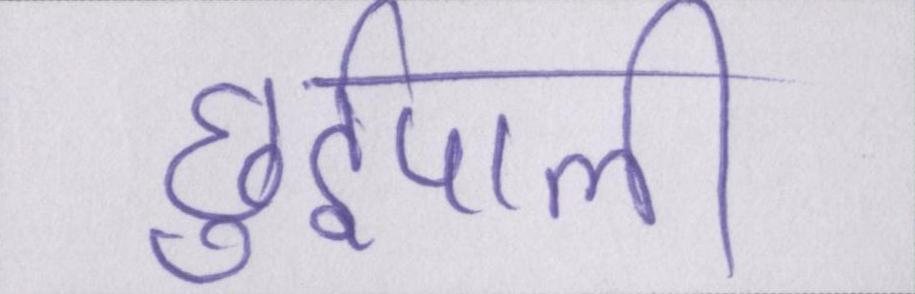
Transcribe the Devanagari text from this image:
छुईपाली